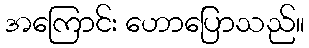
အကြောင်း ဟောပြောသည်။